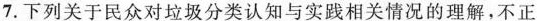
7.下列关于民众对垃圾分类认与实相关情况的，不正